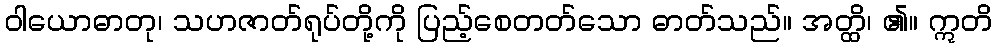
ဝါယောဓာတု၊ သဟဇာတ်ရုပ်တို့ကို ပြည့်စေတတ်သော ဓာတ်သည်။ အတ္ထိ၊ ၏။ ဣတိ